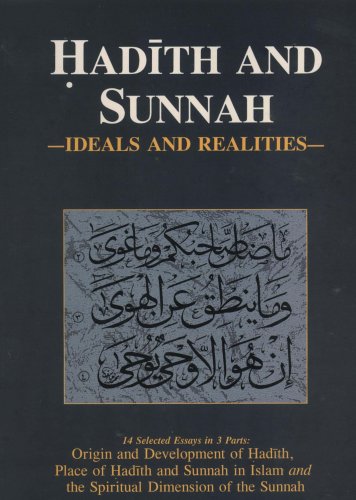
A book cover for Hadith and Sunnah; Religion & Spirituality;